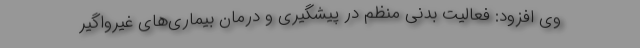
وی افزود: فعالیت بدنی منظم در پیشگیری و درمان بیماری‌های غیرواگیر